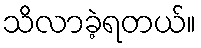
သိလာခဲ့ရတယ်။